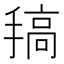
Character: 𢲤